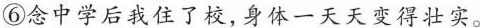
⑥念中学后我住了校,身体一天天变得壮实。